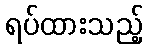
ရပ်ထားသည့်